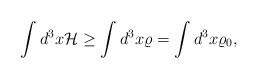
\begin{align*}\int d^3 x {\cal H} \ge \int d^3 x \varrho =\int d^3 x \varrho_0 ,\end{align*}